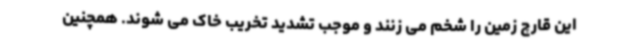
این قارچ زمین را شخم می زنند و موجب تشدید تخریب خاک می شوند. همچنین